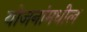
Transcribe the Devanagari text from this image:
योजनांमधील